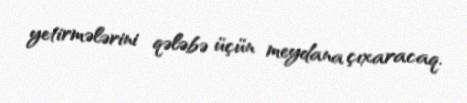
yetirmələrini qələbə üçün meydana çıxaracaq.